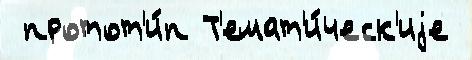
 протот'и́п Т'емат'и́ческ'иjе